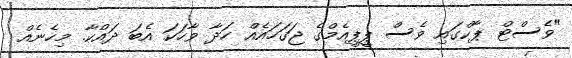
"ވެސްޓް ޕާކްގައި ވެސް ޕީޕީއެމްގެ ޖަގަހައެއް ހަދާ ވާހަކަ އެބަ ދައްކާ. މިހެނެއް